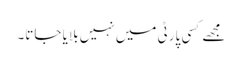
مجھے کسی پارٹی میں نہیں بلایا جاتا۔